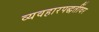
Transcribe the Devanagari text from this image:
व्यवहारपद्धतींवर